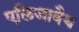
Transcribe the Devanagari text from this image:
एलिजाबैथ